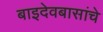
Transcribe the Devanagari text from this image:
बाइदेवबासांचे